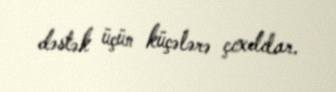
dəstək üçün küçələrə çıxdılar.